Investigations into the jail dietaries of the United Provinces with some observations on the influence of dietary on the physical development and well-being of the people of the United Provinces - Number 48
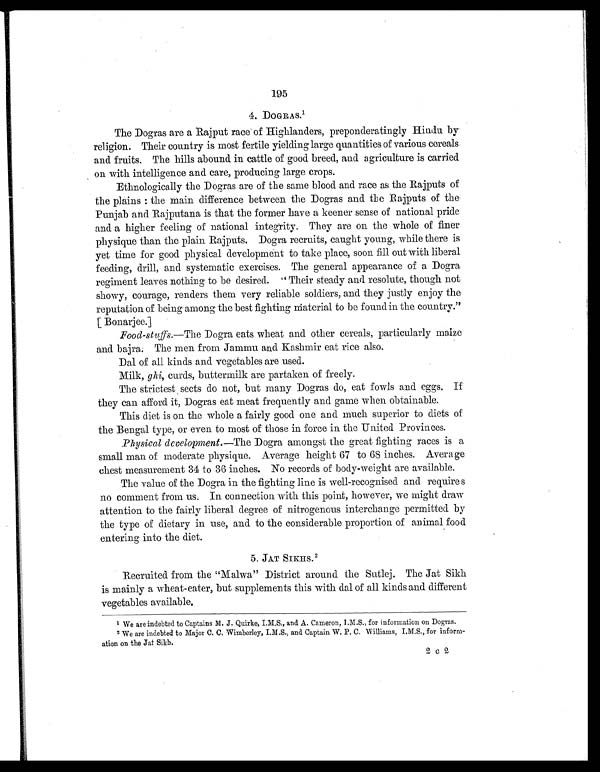
195
4. DOGRAS. 1
The Dogras are a Rajput race of Highlanders, preponderatingly Hindu by
religion. Their country is most fertile yielding large quantities of various cereals
and fruits. The hills abound in cattle of good breed, and agriculture is carried
on with intelligence and care, producing large crops.
Ethnologically the Dogras are of the same blood and race as the Rajputs of
the plains : the main difference between the Dogras and the Rajputs of the
Punjab and Rajputana is that the former have a keener sense of national pride
and a higher feeling of national integrity. They are on the whole of finer
physique than the plain Rajputs. Dogra recruits, caught young, while there is
yet time for good physical development to take place, soon fill out with liberal
feeding, drill, and systematic exercises. The general appearance of a Dogra
regiment leaves nothing to be desired. " Their steady and resolute, though not
showy, courage, renders them very reliable soldiers, and they justly enjoy the
reputation of being among the best fighting material to be found in the country."
[Bonarjee.]
Food-stuffs. —The Dogra eats wheat and other cereals, particularly maize
and bajra. The men from Jammu and Kashmir eat rice also.
Dal of all kinds and vegetables are used.
Milk, ghi, curds, buttermilk are partaken of freely.
The strictest sects do not, but many Dogras do, eat fowls and eggs. If
they can afford it, Dogras eat meat frequently and game when obtainable.
This diet is on the whole a fairly good one and much superior to diets of
the Bengal type, or even to most of those in force in the United Provinces.
Physical development. —The Dogra amongst the great fighting races is a
small man of moderate physique. Average height 67 to 68 inches. Average
chest measurement 34 to 36 inches. No records of body-weight are available.
The value of the Dogra in the fighting line is well-recognised and requires
no comment from us. In connection with this point, however, we might draw
attention to the fairly liberal degree of nitrogenous interchange permitted by
the type of dietary in use, and to the considerable proportion of animal food
entering into the diet.
5. JAT SIKHS. 2
Recruited from the "Malwa" District around the Sutlej. The Jat Sikh
is mainly a wheat-eater, but supplements this with dal of all kinds and different
vegetables available.
1 We are indebted to Captains M. J. Quirke, I.M.S., and A. Cameron, I.M.S., for information on Dogras.
2 We are indebted to Major C. C. Wimberley, I.M.S., and Captain W. P. C. Williams, I.M.S., for inform-
ation on the Jat Sikh.